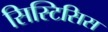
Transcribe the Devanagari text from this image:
सिस्टिसिस